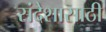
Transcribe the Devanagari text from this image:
संदेशासाठी